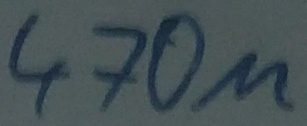
Text: 470µ